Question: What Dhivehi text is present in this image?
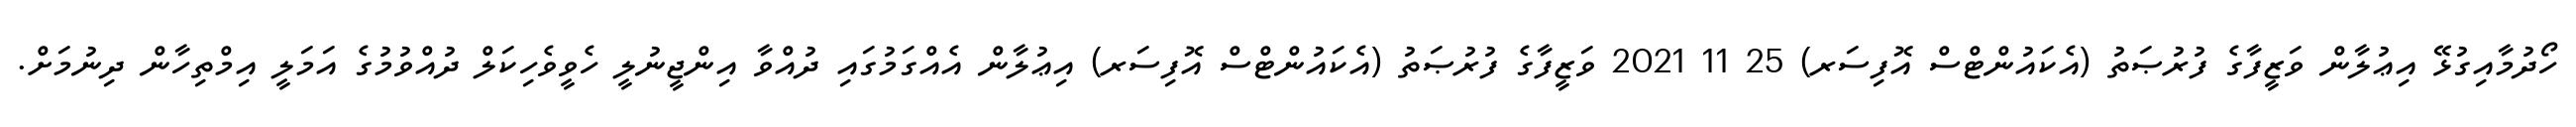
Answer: ހޯދުމާއިގުޅޭ އިޢުލާން ވަޒީފާގެ ފުރުޞަތު (އެކައުންޓްސް އޮފިސަރ) 25 11 2021 ވަޒީފާގެ ފުރުޞަތު (އެކައުންޓްސް އޮފިސަރ) އިޢުލާން އެއްގަމުގައި ދުއްވާ އިންޖީނުލީ ހެވީވެހިކަލް ދުއްވުމުގެ އަމަލީ އިމްތިހާން ދިނުމަށް.